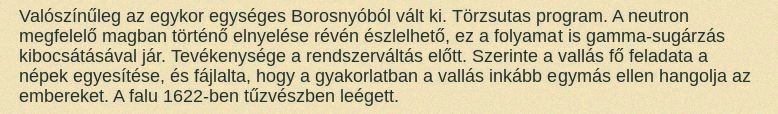
Valószínűleg az egykor egységes Borosnyóból vált ki. Törzsutas program. A neutron megfelelő magban történő elnyelése révén észlelhető, ez a folyamat is gamma-sugárzás kibocsátásával jár. Tevékenysége a rendszerváltás előtt. Szerinte a vallás fő feladata a népek egyesítése, és fájlalta, hogy a gyakorlatban a vallás inkább egymás ellen hangolja az embereket. A falu 1622-ben tűzvészben leégett.